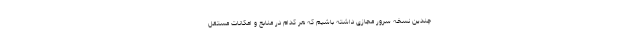
چندین نسخه سرور مجازی داشته باشیم که هر کدام در منابع و امکانات مستقل